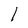
Character: l